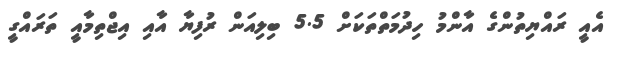
އެއީ ރައްޔިތުންގެ އާންމު ހިދުމަތްތަކަށް 5.5 ބިލިއަން ރުފިޔާ އާއި އިޖްތިމާއީ ތަރައްގީ